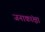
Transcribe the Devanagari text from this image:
जनाकांक्षा